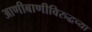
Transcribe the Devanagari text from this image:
आणीबाणीविरुद्धच्या